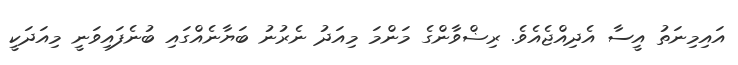
އައިމިނަތު އީސާ އެދިއްޖެއެވެ. ރިޟްވާންގެ މަންމަ މިއަދު ނެރުނު ބަޔާނެއްގައި ބުނެފައިވަނީ މިއަދަކީ